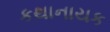
કથાનાયક